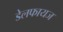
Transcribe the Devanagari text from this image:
डेलफायज